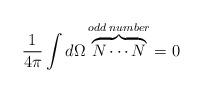
LaTeX: \begin{align*}\frac{1}{4\pi}\int d\Omega \overbrace{N\cdots N}^{odd\;number}=0\end{align*}